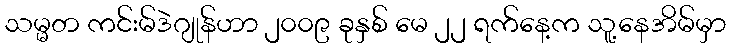
သမ္မတ ကင်းမ်ဒဲဂျုန်ဟာ ၂၀၀၉ ခုနှစ် မေ ၂၂ ရက်နေ့က သူ့နေအိမ်မှာ